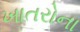
ખાતરોના